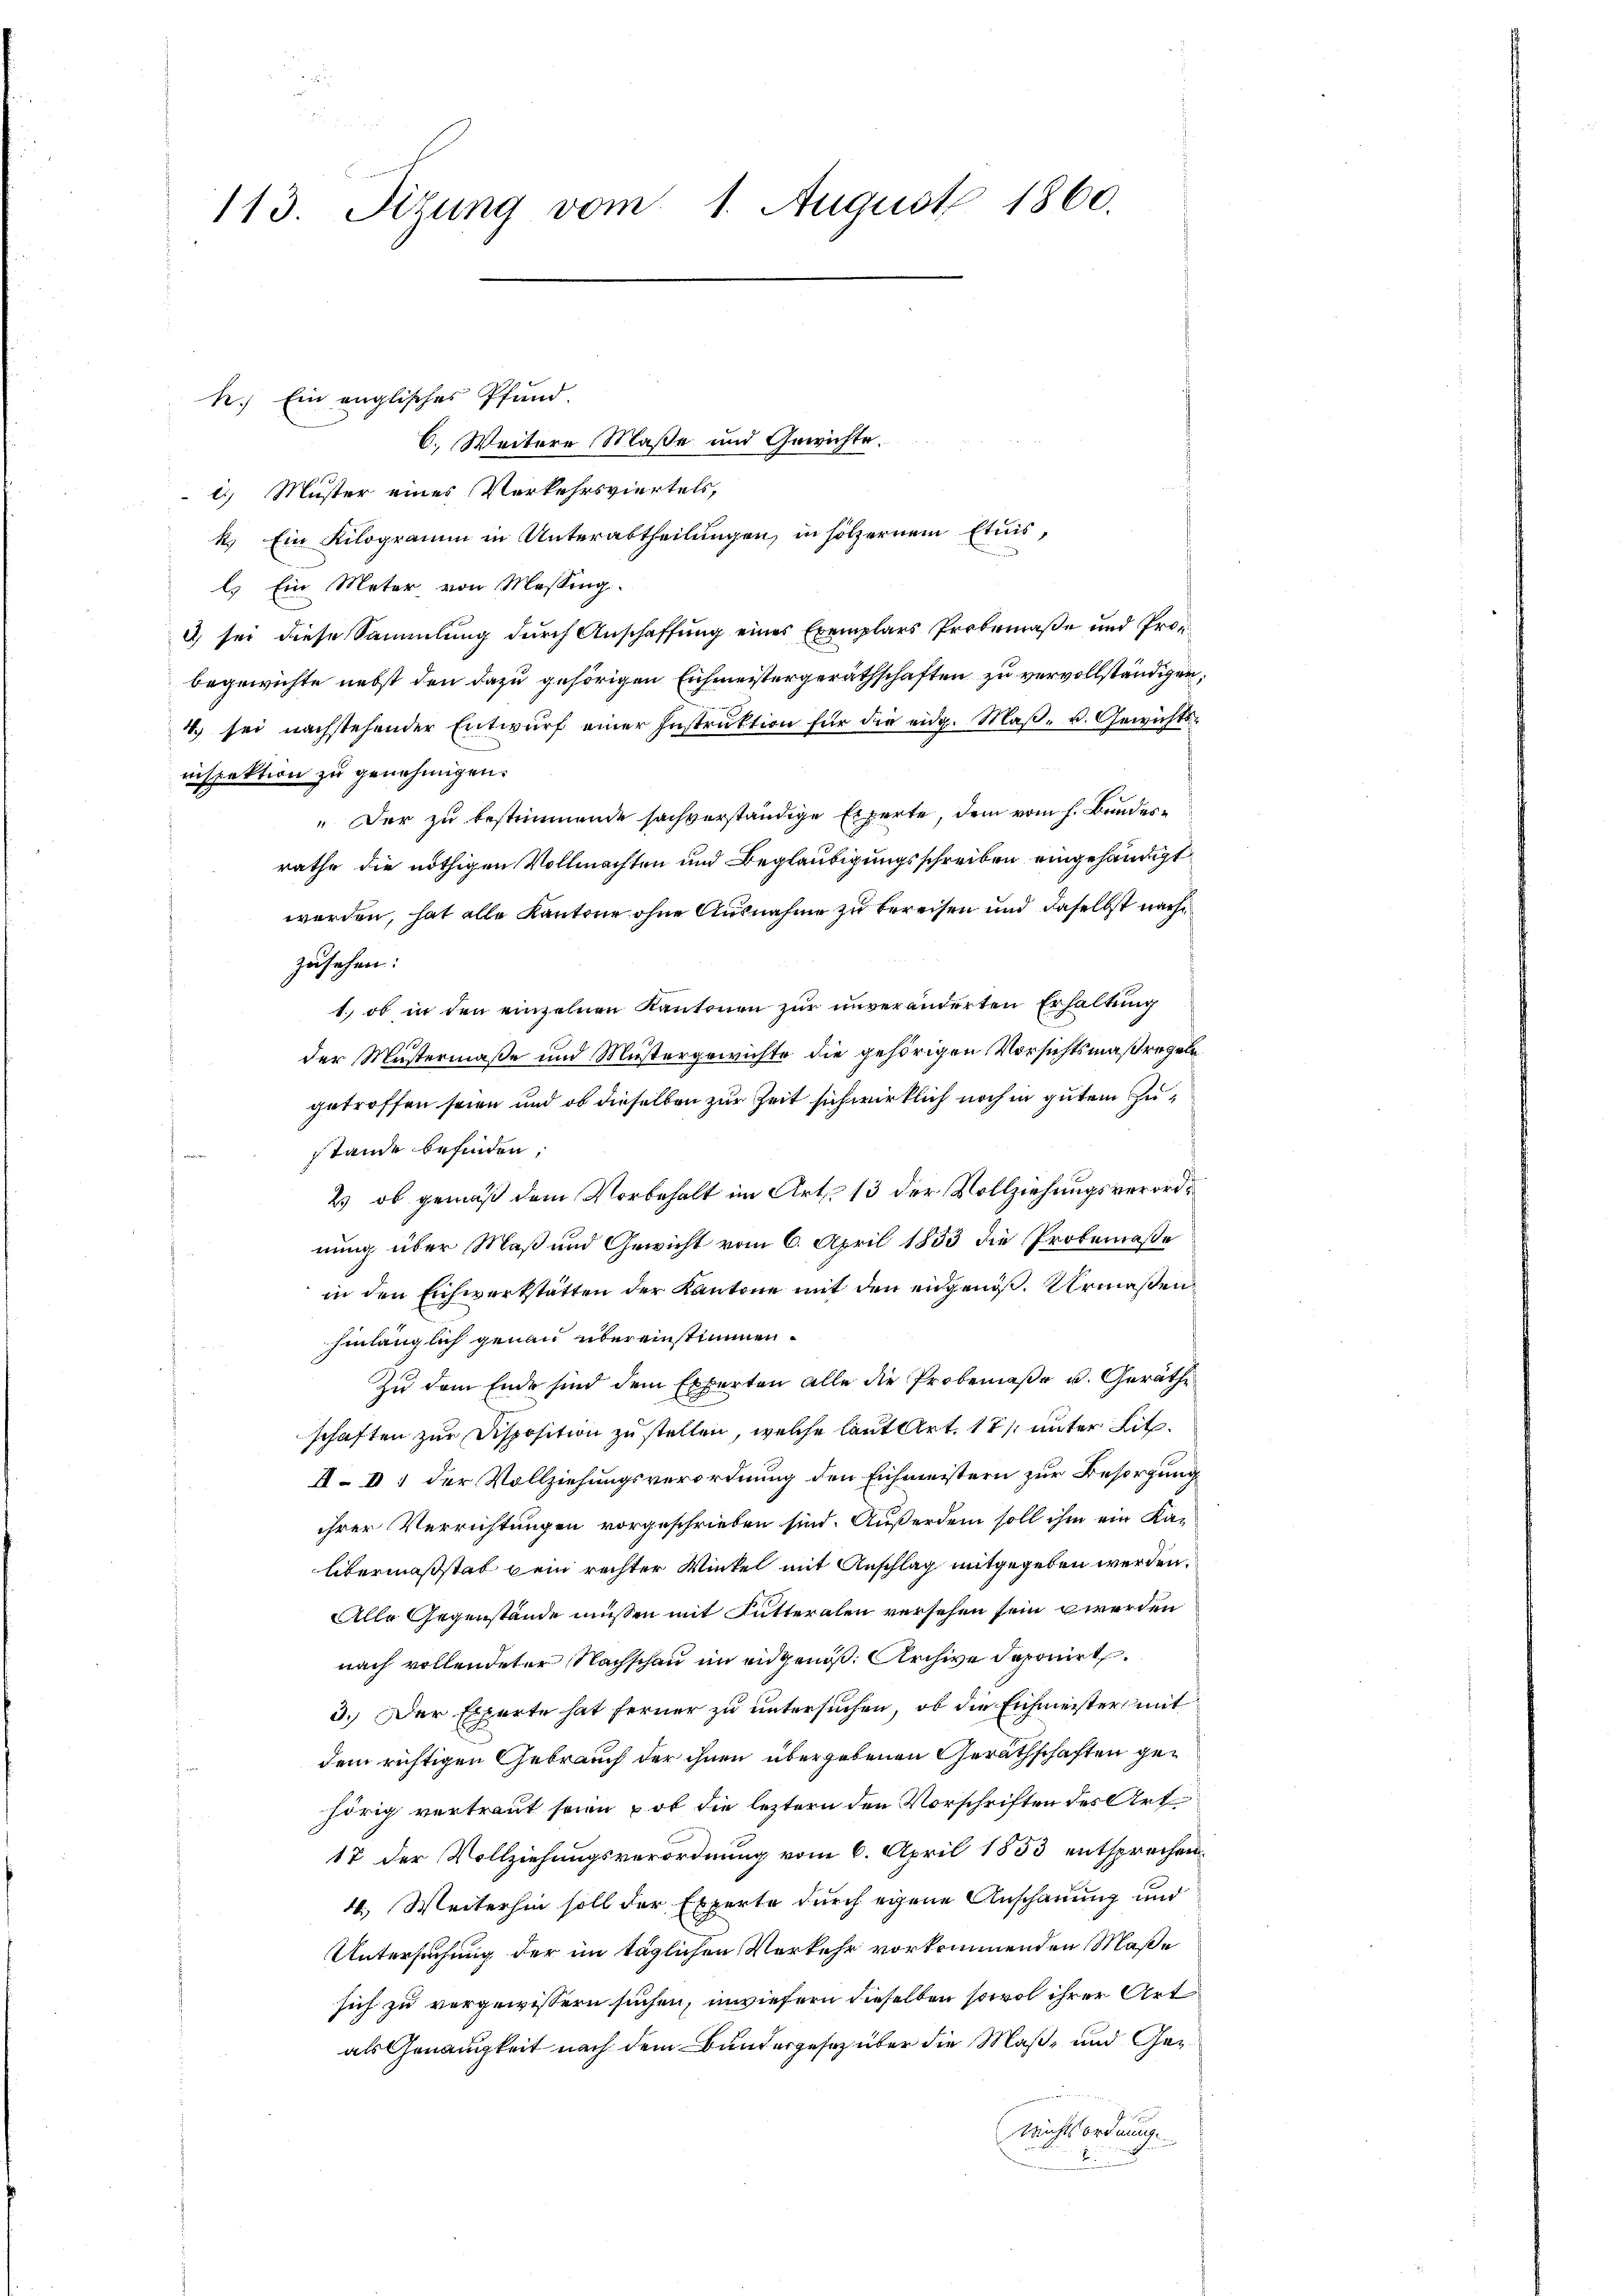
113. Sizung vom 1. August 1860.

6. Weitere Maße und Gewichte.
c) Muster eines Verkehrsviertels,
k. Ein Kilogramm in Unterabtheilungen, in hölzernem Etuis,
l. Ein Meter von Messing.
e) sei diese Sammlung durch Anschaffung eines Exemplars Probemaße und Probegewichte nebst den dazu gehörigen Eichmeistergeräthschaften zu vervollständigen;
4. sei nachstehender Entwurf einer Instruktion für die eidg. Maβ- u. Gewichts-
ninspektion zu genehmigen.
" Der zu bestimmende sachverständige Experte, dem vom h. Bundesrathe die nöthigen Vollmachten und Beglaubigungsschreiben eingehändigt
werden, hat alle Kantone ohne Ausnahme zu bereisen und daselbst nach
zusehen:
1., ob in den einzelnen Kantonen zur unveränderten Erhaltung
der Mustermaße und Mustergewichte die gehörigen Vorsichtsmaßregeln
getroffen seien und ob dieselben zur Zeit sich wirklich noch in gutem Zustande befinden,
2) ob gemäß dem Vorbehalt im Art. 13 der Vollziehungsverordnung über Maß und Gewicht vom 6. April 1853 die Probemaße
in den Eichwerkstätten der Kantone mit den eidgenöß. Urmaßenhinlänglich genau übereinstimmen.
Zu dem Ende sind dem Experten alle die Probemaße u. Geräthe
schaften zur Disposition zu stellen, welche laut Art. 17. unter Lit.
I. I. der Vollziehungsverordnung den Eichmeistern zur Besorgung
ihrer Verrichtungen vorgeschrieben sind. Außerdem soll ihm ein Ka-
Übermaßstab kein rechter Winkel mit Anschlag mitgegeben werden.
Alle Gegenstände müssen mit Futteralen versehen sein werden
nach vollendeter Nachschau im eidgenöß. Archive deponirt.
3.) Der Experte hat ferner zu untersuchen, ob die Eichmeister mit
dem richtigen Gebrauch der ihnen übergebenen Geräthschaften gehörig vertraut seien, ob die leztern den Vorschriften des Art
17 der Vollziehungsverordnung vom 6. April 1853 entsprechen.
4.) Weiterhin soll der Experte durch eigene Anschauung und
Untersuchung der im täglichen Verkehr vorkommenden Maße
sich zu vorgewissern suchen, inwiefern dieselben sowol ihrer Art
als Genauigkeit nach dem Bundergesez über die Maß- und Ge¬
Nichtsordnung.

k. Ein englisches Pfund.